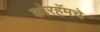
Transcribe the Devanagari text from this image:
कोरहॅमचे